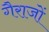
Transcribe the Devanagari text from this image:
गैराजों